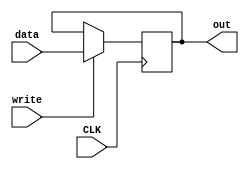
module Register(
    input write,
    input CLK,
    input [15:0] data,
    output [15:0] out
    );
    
    reg[15:0] out;
    
    
    
    initial out<=2'bxxxxxxxxxxxxxxxx;
    
    always @(posedge CLK) begin
        if(write==1) out<=data;
        else out<=out;    
    end
    
endmodule